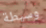
وسيطة